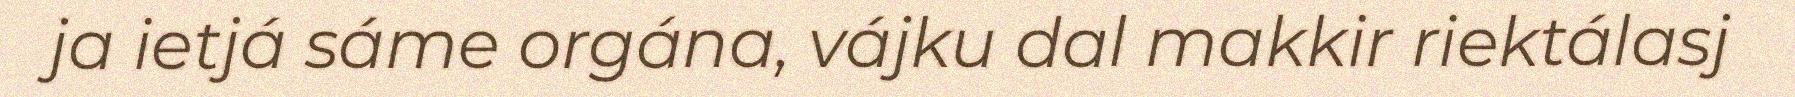
ja ietjá sáme orgána, vájku dal makkir riektálasj